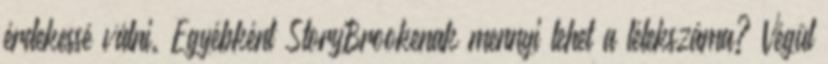
érdekessé válni. Egyébként StoryBrookenak mennyi lehet a lélekszáma? Végül